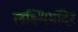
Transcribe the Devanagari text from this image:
लक्ष्मिमंदिर